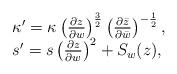
LaTeX: \begin{align*}\begin{array}{ll}\kappa' = \kappa \left( \frac{\partial z}{\partial w} \right)^{\frac{3}{2}} \left( \frac{\partial \bar{z} }{\partial \bar{w} } \right)^{-\frac{1}{2}},\\s' = s \left( \frac{\partial z}{\partial w} \right)^2 + S_w(z),\end{array}\end{align*}